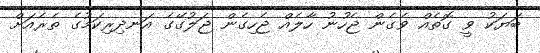
ބަޔަކު ވީ ގޮތެއް ވެގެން ޖެހުނު ހާލެއް ޖެހިގެން ޖަލުގޭގެ އަނދިރިކަމުގެ ތެރެއަށް